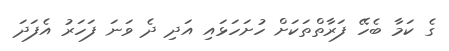
ގެ ކަމާ ބެހޭ ފަރާތްތަކަށް ހުށަހަޅައި އަދި ދެ ވަނަ ފަހަރު އެފަދަ